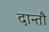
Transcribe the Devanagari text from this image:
दान्तौ